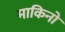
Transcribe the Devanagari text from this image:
माकिनो